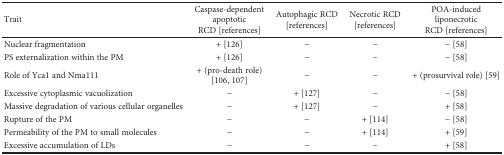
| Trait | Caspase-dependent apoptotic RCD [references] | Autophagic RCD [references] | Necrotic RCD [references] | POA-induced liponecrotic RCD [references] |
 | --- | --- | --- | --- | --- |
 | Nuclear fragmentation | + [126] | − | − | − [58] |
 | PS externalization within the PM | + [126] | − | − | − [58] |
 | Role of Yca1 and Nma111 | + (pro-death role) [106, 107] | − | − | + (prosurvival role) [59] |
 | Excessive cytoplasmic vacuolization | − | + [127] | − | − [58] |
 | Massive degradation of various cellular organelles | − | + [127] | − | + [58] |
 | Rupture of the PM | − | − | + [114] | − [58] |
 | Permeability of the PM to small molecules | − | − | + [114] | + [59] |
 | Excessive accumulation of LDs | − | − | − | + [58] |